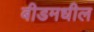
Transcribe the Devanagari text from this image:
बीडमधील